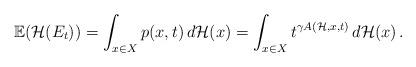
LaTeX: \begin{align*}\mathbb{E}(\mathcal{H}(E_t))=\int_{x\in X}p(x,t)\,d\mathcal{H}(x)=\int_{x\in X}t^{\gamma A(\mathcal{H},x,t)}\,d\mathcal{H}(x)\,.\end{align*}